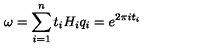
\omega = \sum _ { i = 1 } ^ { n } t _ { i } H _ { i } q _ { i } = e ^ { 2 \pi i t _ { i } }